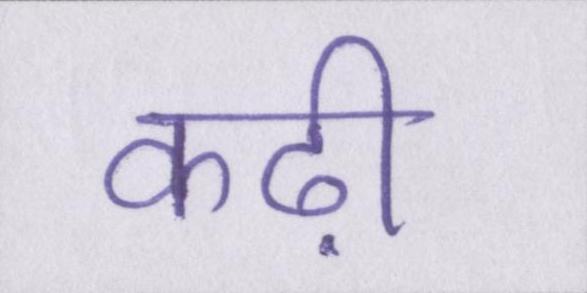
कढ़ी